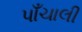
પાઁચાલી